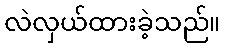
လဲလှယ်ထားခဲ့သည်။